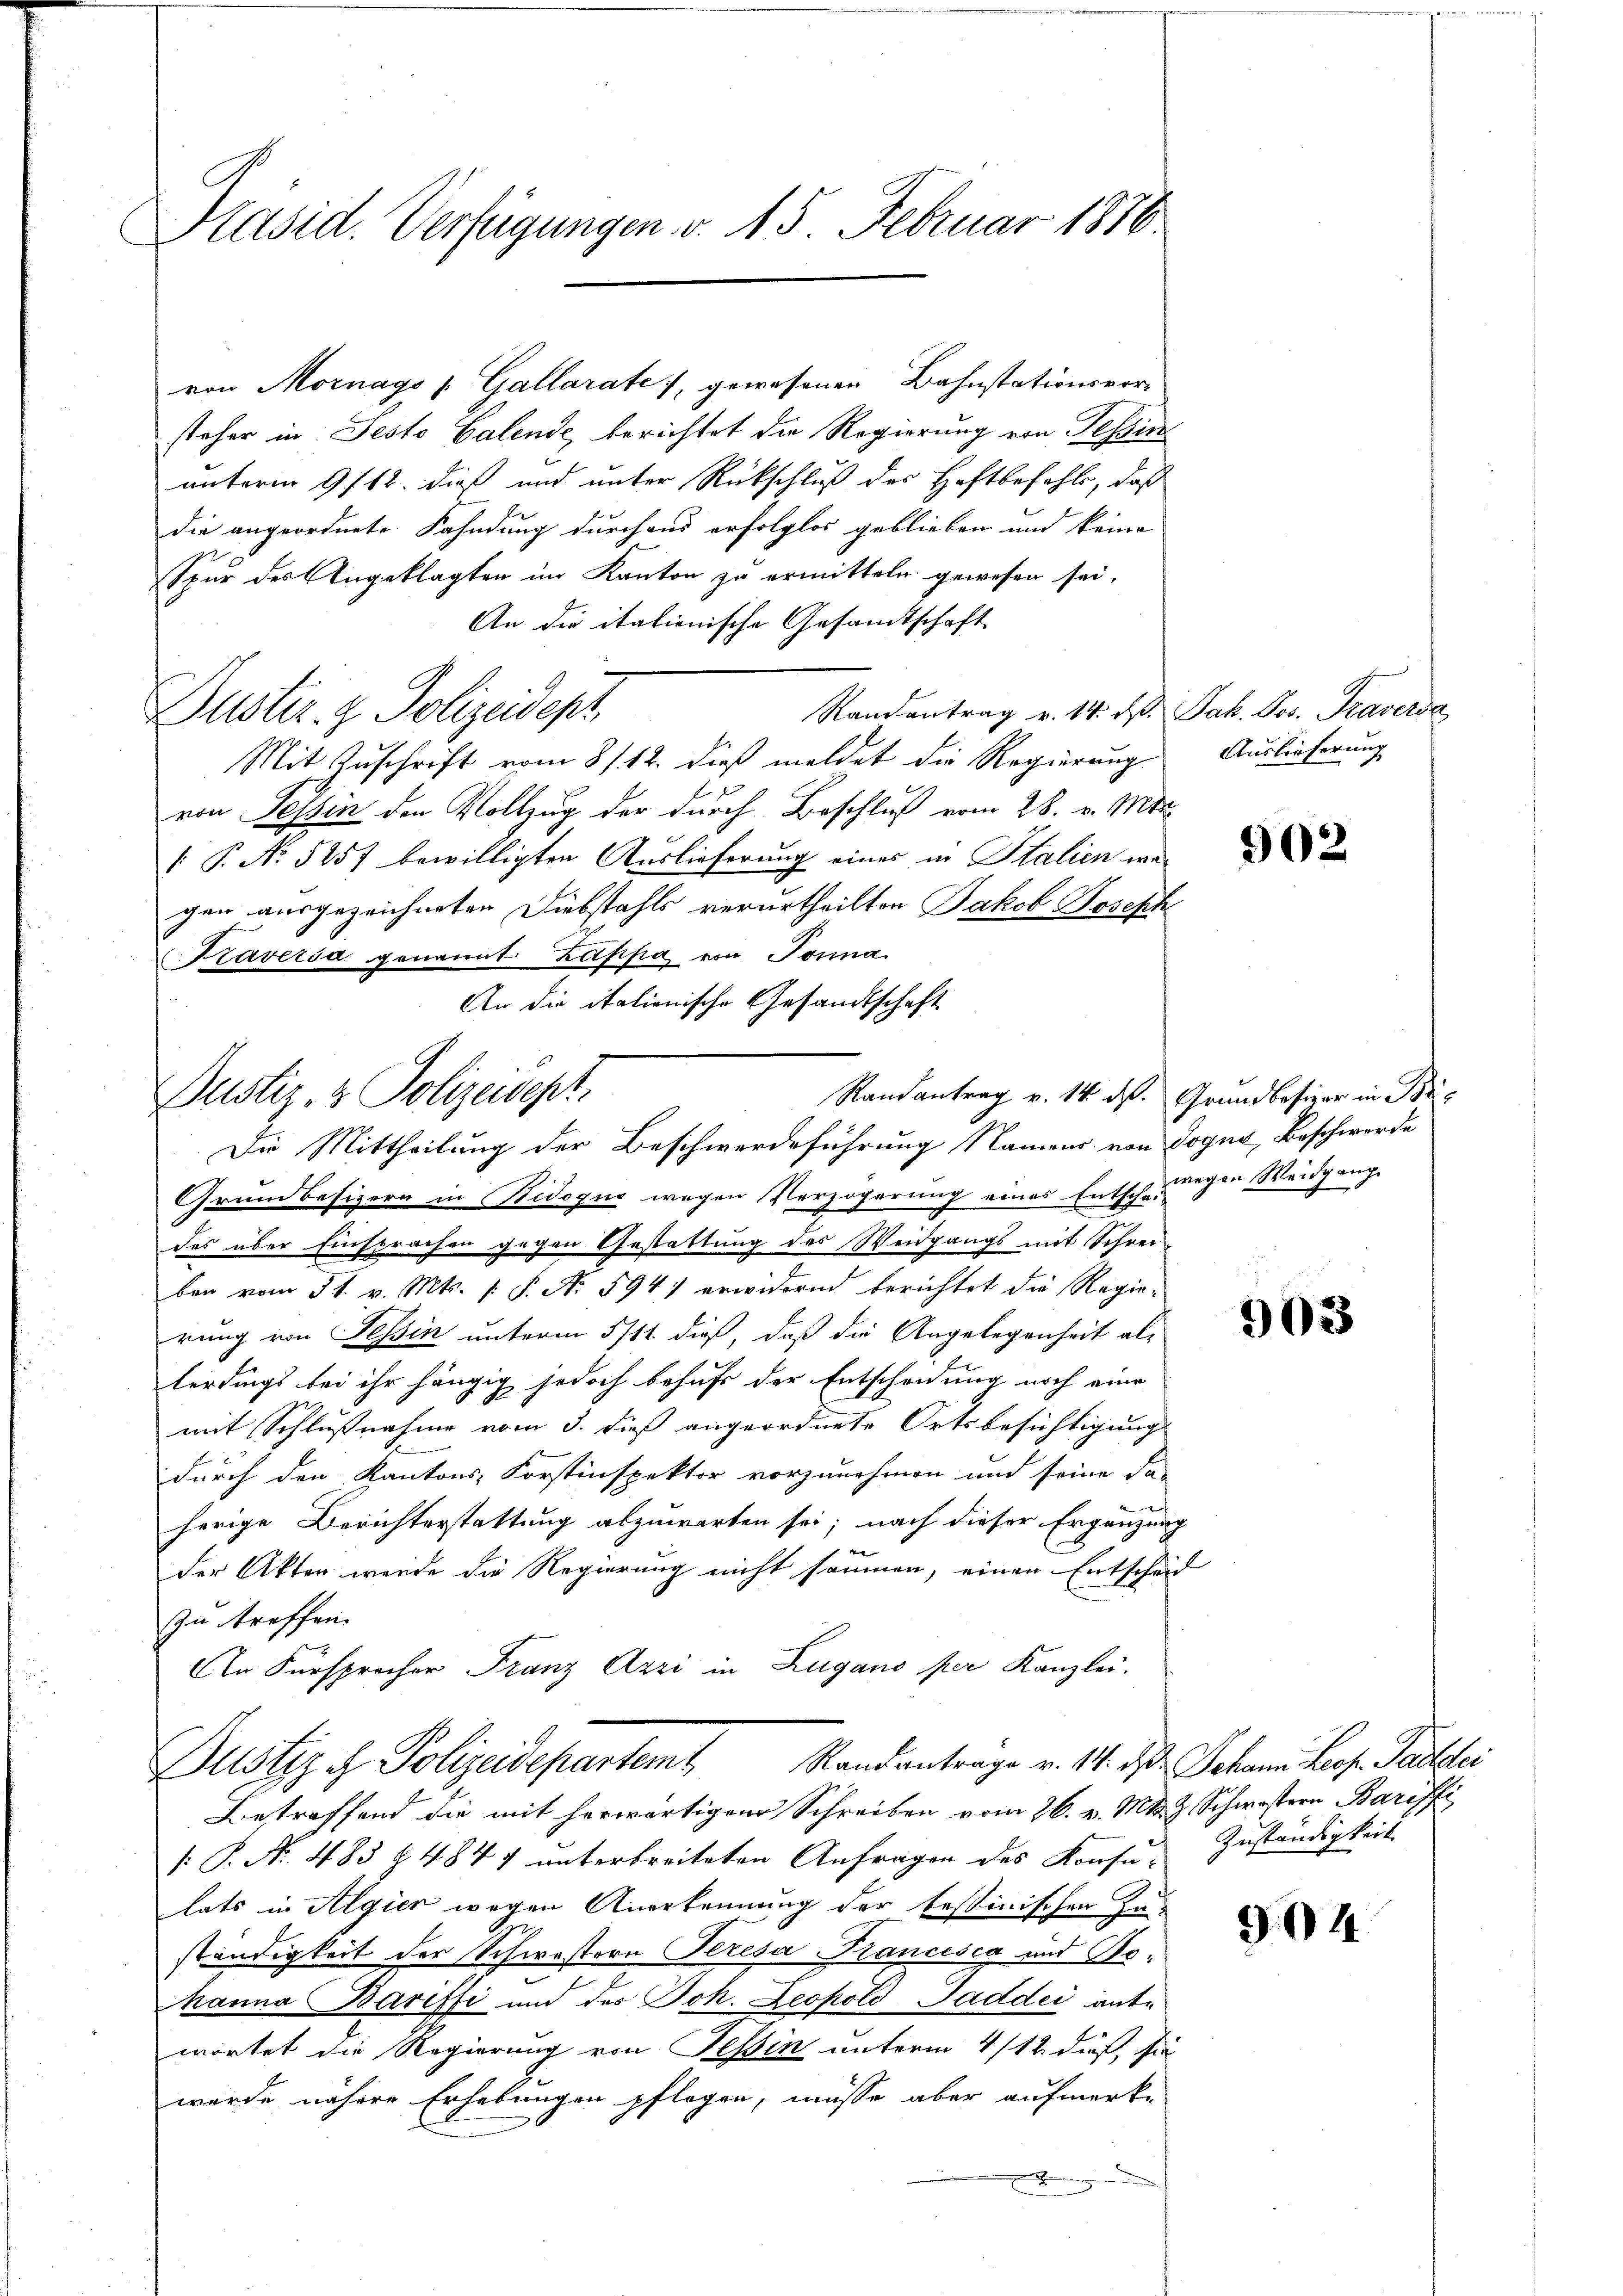
Präsid. Verfügungen v. 15. Februar 1816.

von Mornago Gallarate, gewesenen Bahnstationsvorsteher in Jeste Calende, berichtet die Regierung von Tessin
unterm 9/12. dieß und unter Rückschluß des Haftbefehls, daß
die angeordnete Fahndung durchaus erfolglos geblieben und keine
Spur des Angeklagten im Kanton zu ermitteln gewesen sei,
An die italienische Gesamtschaft
Randantrag v. 14. d. Jak. Jos. Traversa
Dustiz- & Polizeidept
Mit Zuschrift vom 8/12. dieß meldet die Regierung
von Tessin den Vollzug der durch Beschluß vom 28. v. Mts.
 P. No 5257 bewilligten Auslieferung eines in Italien wegen ausgezeichneten Diebstahls verurtheilten Jakob Joseph
Taversa genannt Zappe von Tonna
An die italionische Gesandtschaft

Randantrag v. 14. ds. Grundbesizer in Be¬
Justiz- & Polizeisept
Die Mittheilung der Beschwerdeführung Namens von Dogno, Beschwerde

Auslieferung

Grundbesizern in Bidogus wegen Verzögerung eines Entschauungen Weidgang.
des über Einsprachen gegen Gestattung des Weidgangs mit Schrei-
ber vom 31. v. Mts. (: P. N. 594) erwidernd berichtet die Regie-
rung von Tessin unterm 5/11. dieß, daß die Angelegenheit als
lerdings bei ihr hängig jedoch behufs der Entscheidung noch eine
mit Schlußnahme vom 3. dieß angeordnete Ortsbesichtigung
durch den Kantons, Forstinspektor vorzunehmen und seine da-
4
herige Berichterstattung abzuwarten sei; nach dieser Ergänzung
der Akten werde die Regierung nicht säumen, einen Entscheid
zu treffen.
An Fürsprecher Franz Azzi in Zugano per Kanzlei.
Justiz ch Polizeidepartemt Standantrage v. 14. d. d. Johann Jos. Partetei
Betreffend die mit herwärtigen Schreiben vom 26. v. Mts. Z. Schwestern Bariffi
. P. Nr. 483 § 4847 unterbreiteten Anfragen des Konsu- Zuständigkeit
lats in Algier wegen Anerkennung der testinischen Zu-
ständigkeit der Schwestern Presa Francisig und Behanna Bariffi und des Joh. Leopold Saddei ante
wortet die Regierung von Tessin unterm 4/12. dieß, sie
wurde nähere Erhebungen pflegen, müsse aber aufmerke
.

902

903

904